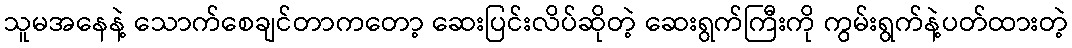
သူမအနေနဲ့ သောက်စေချင်တာကတော့ ဆေးပြင်းလိပ်ဆိုတဲ့ ဆေးရွက်ကြီးကို ကွမ်းရွက်နဲ့ပတ်ထားတဲ့